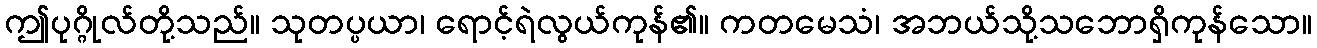
ဤပုဂ္ဂိုလ်တို့သည်။ သုတပ္ပယာ၊ ရောင့်ရဲလွယ်ကုန်၏။ ကတမေသံ၊ အဘယ်သို့သဘောရှိကုန်သော။